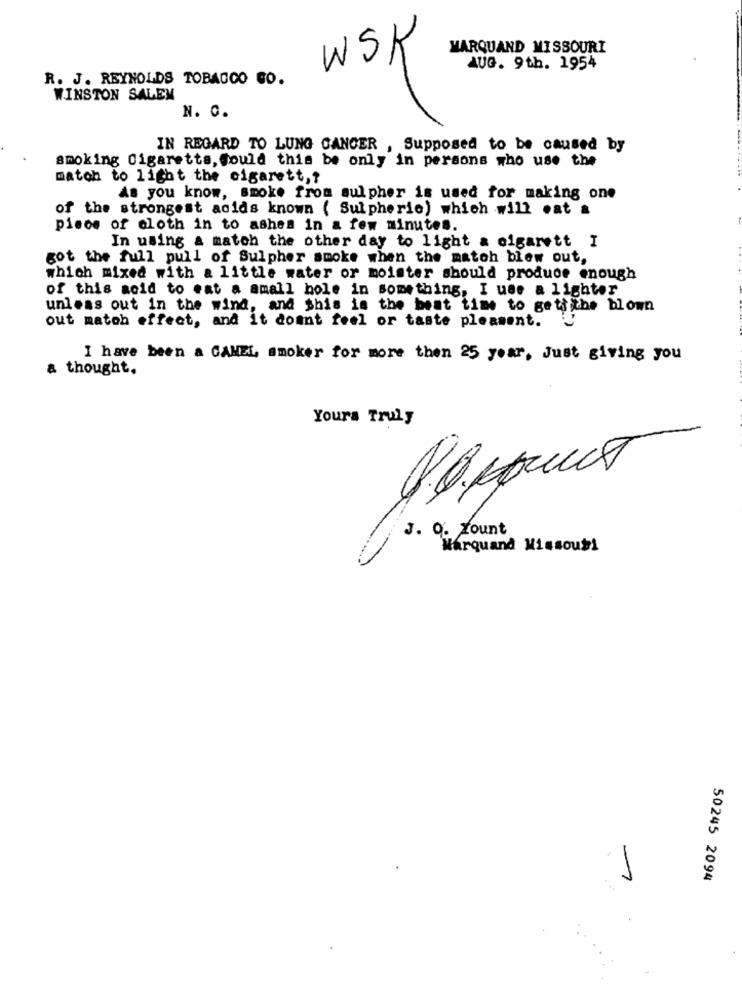
WSK
MARQUAND MISSOURI
AUG. 9th. 1954
R. J. REYNOLDS TOBACCO GO.
WINSTON SALEM
N. C.
IN REGARD TO LUNG CANCER , Supposed to be caused by
smoking Cigaretts, Could this be only in persons who use the
match to light the cigarett ,?
As you know, smoke from sulpher is used for making one
of the strongest acids known ( Sulpheric) which will eat &
pisos of cloth in to ashes in a few minutes.
In using a match the other day to light & cigarett I
got the full pull of Sulpher smoke when the match blew out,
which mixed with a little water or moister should produce enough
of this aoid to eat a amall hole in something, I use a lighter
unless out in the wind, and this is the best time to gettithe blown
out match effect, and it domnt feel or taste pleasent.
I have been a GAMEL, smoker for more then 25 year, Just giving you
a thought.
Yours Truly
J. 9. Yount
Marquand Missout!
50245 2094